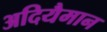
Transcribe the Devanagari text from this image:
अदियैमान